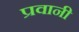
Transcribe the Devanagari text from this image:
प्रवानी